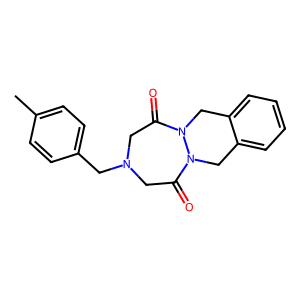
SMILES: Cc1ccc(CN2CC(=O)N3Cc4ccccc4CN3C(=O)C2)cc1
Inhibits HIV replication: No